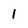
Character: 1